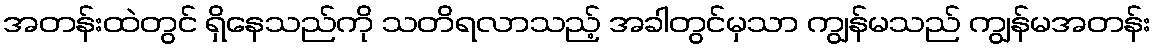
အတန်းထဲတွင် ရှိနေသည်ကို သတိရလာသည့် အခါတွင်မှသာ ကျွန်မသည် ကျွန်မအတန်း